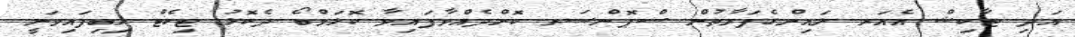
އަދި ޓާކިޝް އެއަރ ލައިންގެފަރާތުން ސްޕޮންސަރ ކޮށްދެއްވާފައިވާ ކޮލަމްބޯ ދެކޮޅު ޓިކެޓް ލިބިފައިވަނީ